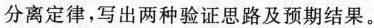
分离定律，写出两种验证思路及预期结果。